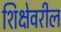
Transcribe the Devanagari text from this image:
शिक्षेवरील